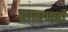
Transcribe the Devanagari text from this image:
ब्राह्मणही